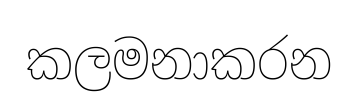
කලමනාකරන